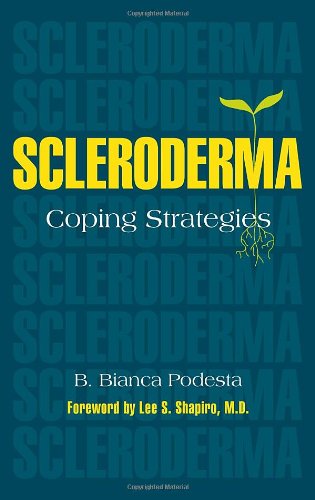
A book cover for Scleroderma Coping Strategies; B. Bianca Podesta; Health, Fitness & Dieting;